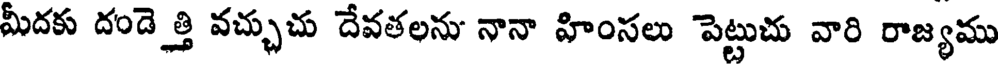
మీదకు దండెత్తి వచ్చుచు దేవతలను నానా హింసలు పెట్టుచు వారి రాజ్యము